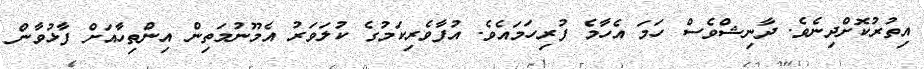
އިތުރުުކޮށްދިނެވެ. ދާނިޝްވެސް ހަަމަ އެހާމެ ފުރިހަމައެވެ. އުފާވެރިކަމުގެ ކުލަވަރު އެމޫނުމަތިން އިންތިހާއަށް ފާޅުވާން